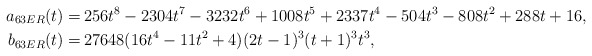
\begin{align*}a_{63ER}(t)=& \, 256t^8-2304t^7-3232t^6+1008t^5+2337t^4-504t^3-808t^2+288t+16,\\b_{63ER}(t)=& \, 27648(16t^4-11t^2+4)(2t-1)^3(t+1)^3t^3,\end{align*}